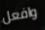
وافعل